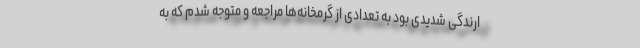
ارندگی شدیدی بود به تعدادی از گرمخانه‌ها مراجعه و متوجه شدم که به